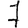
Digit: 7